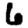
Digit: 6